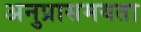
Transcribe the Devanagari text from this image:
अनुप्रासमयता